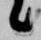
候